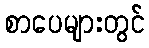
စာပေများတွင်